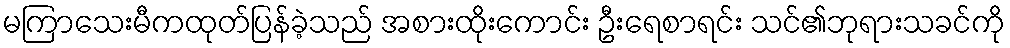
မကြာသေးမီကထုတ်ပြန်ခဲ့သည် အစားထိုးကောင်း ဦးရေစာရင်း သင်၏ဘုရားသခင်ကို